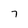
Character: 7